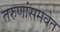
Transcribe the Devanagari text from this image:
तरुणांसमवेत